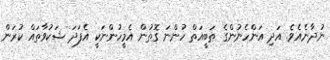
ނުދާނެއެވެ. އަދި އަންހެނުންގެ ޠަބީއަތް ހުންނަ ގޮތުން އެމީހުންނަކީ އެފަދަ ޝަކުވާތައް ކުރަން